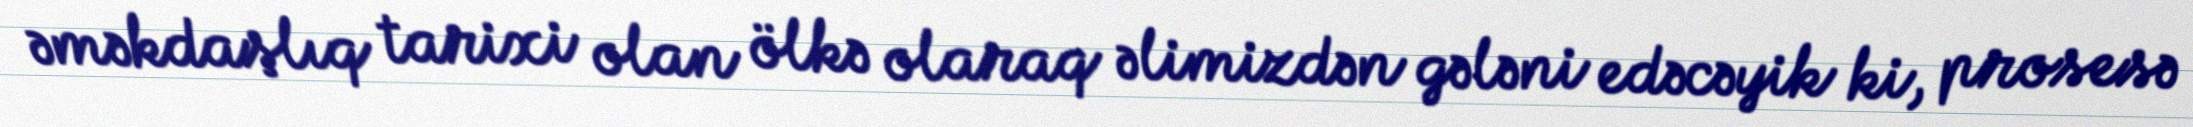
əməkdaşlıq tarixi olan ölkə olaraq əlimizdən gələni edəcəyik ki, prosesə